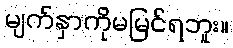
မျက်နှာကိုမမြင်ရဘူး။